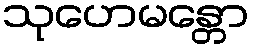
သုဟေမန္တော